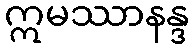
ဣမဿာနန္ဒ